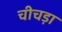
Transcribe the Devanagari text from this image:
चीचड़ा